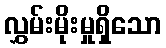
လွှမ်းမိုးမှုရှိသော